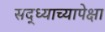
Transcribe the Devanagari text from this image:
सद्ध्याच्यापेक्षा